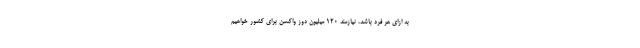
به ازای هر فرد باشد، نیازمند ۱۲۰ میلیون دوز واکسن برای کشور خواهیم